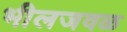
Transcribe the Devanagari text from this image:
भीलजवळ